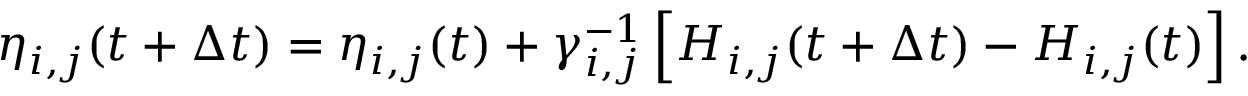
\eta _ { i , j } ( t + \Delta t ) = \eta _ { i , j } ( t ) + \gamma _ { i , j } ^ { - 1 } \left[ H _ { i , j } ( t + \Delta t ) - H _ { i , j } ( t ) \right] .